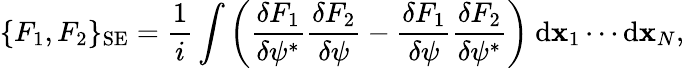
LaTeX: \{ F_{1},F_{2}\} _{\mathrm{SE}}=\frac{1}{i}\int{\left(\frac{\delta F_{1}}{\delta\psi^{*}}\frac{\delta F_{2}}{\delta\psi}-\frac{\delta F_{1}}{\delta\psi}\frac{\delta F_{2}}{\delta\psi^{*}}\right)\ \mathrm{d}{\mathbf x}_{1}\cdots\mathrm{d}{\mathbf x}_{N}},